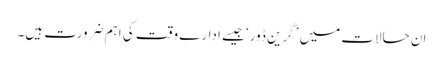
ان حالات میں ’گرین ڈور‘ جیسے ادارے وقت کی اہم ضرورت ہیں۔